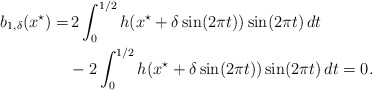
\begin{align*}\begin{aligned}b_{1,\delta}(x^\star) =&\, 2\int_{0}^{1/2}h(x^\star+\delta\sin(2\pi t))\sin(2\pi t)\,dt\\ &- 2\int_{0}^{1/2}h(x^\star+\delta\sin(2\pi t))\sin(2\pi t)\,dt =0.\end{aligned}\end{align*}